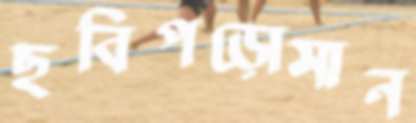
ছবিপড়োসান